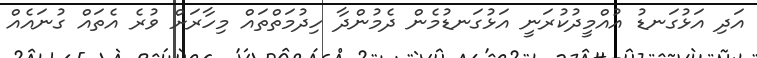
އަދި އަޅުގަނޑު އުއްމީދުކުރަނީ އަޅުގަނޑުމެން ދެމުންދާ ހިދުމަތްތައް މިހާރަށް ވުރެ އެތައް ގުނައެއް